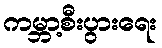
ကမ္ဘာ့စီးပွားရေး